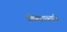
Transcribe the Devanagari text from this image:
गणितशास्त्राची